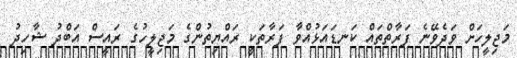
މަޖިލީހަށް ވަދެވޭނެ ފަރާތްތައް ކަނޑައަޅުއްވާ ފަރާތަކީ ރައްޔިތުންގެ މަޖިލީހުގެ ރައީސް އަބްދު ޝާހިދު